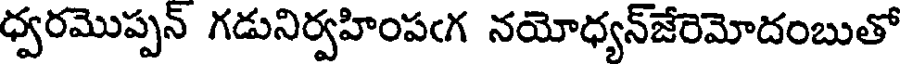
ధ్వరమొప్పన్ గడునిర్వహింపఁగ నయోధ్యన్జేరెమోదంబుతో